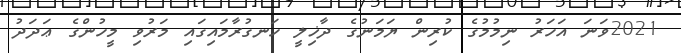
2021ވަނަ އަހަރު ނިމުމުގެ ކުރިން ޔަމަނުގެ ދާޚިލީ ހަނގުރާމައިގައި މަރުވި މީހުންގެ ޢަދަދު